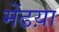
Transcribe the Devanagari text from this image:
मेंढय़ा